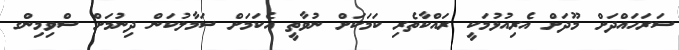
ސަރަހައްދަށް މޫދަށް އެރިއުޅުމަކީ ރައްކާތެރި ކަމަކަށް ނުވާތީ އެކަމަށް ސަމާލުކަން ދިނުމަށް ސްވިމިންގ